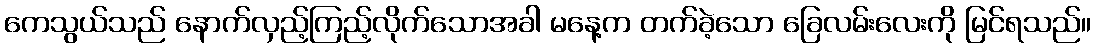
ကေသွယ်သည် နောက်လှည့်ကြည့်လိုက်သောအခါ မနေ့က တက်ခဲ့သော ခြေလမ်းလေးကို မြင်ရသည်။